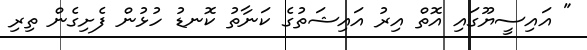
" އައިސީޔޫގައި އޮތް އިރު އައިޝަތުގެ ކަނާތު ކޮނޑު ހުޅުން ފެށިގެން ތިރި